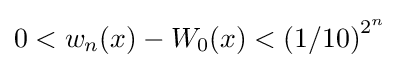
0<w_{n}(x)-W_{0}(x)<\left(1/10\right)^{2^{n}}